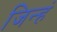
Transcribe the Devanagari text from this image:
जिन्हं